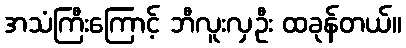
အသံကြီးကြောင့် ဘီလူးလှဦး ထခုန်တယ်။